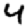
Digit: 4